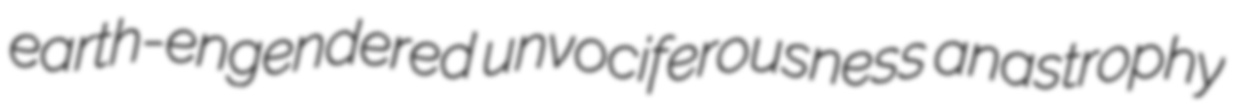
earth-engendered unvociferousness anastrophy